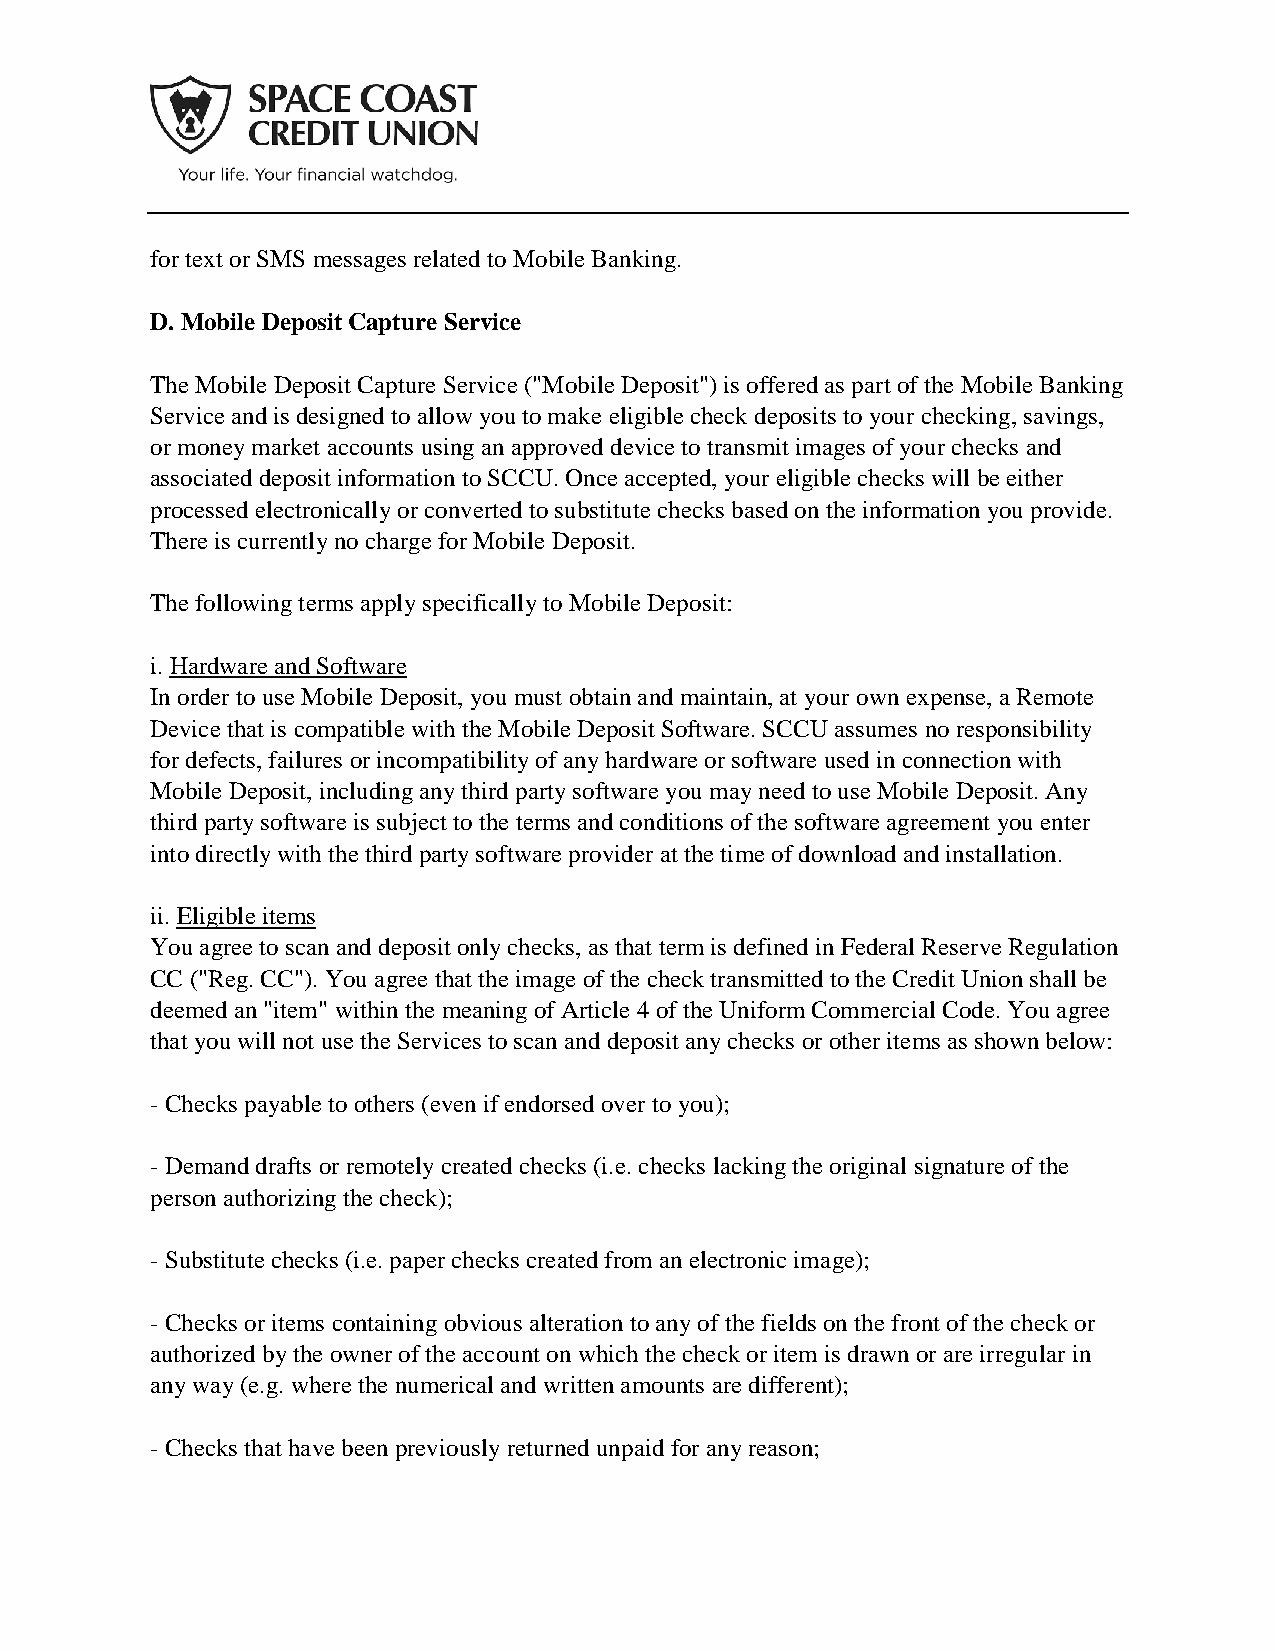
for text or SMS messages related to Mobile Banking.
 D. Mobile Deposit Capture Service
 The Mobile Deposit Capture Service ("Mobile Deposit") is offered as part of the Mobile Banking
 Service and is designed to allow you to make eligible check deposits to your checking, savings,
 or money market accounts using an approved device to transmit images of your checks and
 associated deposit information to SCCU. Once accepted, your eligible checks will be either
 processed electronically or converted to substitute checks based on the information you provide.
 There is currently no charge for Mobile Deposit.
 The following terms apply specifically to Mobile Deposit:
 i. Hardware and Software
 In order to use Mobile Deposit, you must obtain and maintain, at your own expense, a Remote
 Device that is compatible with the Mobile Deposit Software. SCCU assumes no responsibility
 for defects, failures or incompatibility of any hardware or software used in connection with
 Mobile Deposit, including any third party software you may need to use Mobile Deposit. Any
 third party software is subject to the terms and conditions of the software agreement you enter
 into directly with the third party software provider at the time of download and installation.
 ii. Eligible items
 You agree to scan and deposit only checks, as that term is defined in Federal Reserve Regulation
 CC ("Reg. CC"). You agree that the image of the check transmitted to the Credit Union shall be
 deemed an "item" within the meaning of Article 4 of the Uniform Commercial Code. You agree
 that you will not use the Services to scan and deposit any checks or other items as shown below:
 - Checks payable to others (even if endorsed over to you);
 - Demand drafts or remotely created checks (i.e. checks lacking the original signature of the
 person authorizing the check);
 - Substitute checks (i.e. paper checks created from an electronic image);
 - Checks or items containing obvious alteration to any of the fields on the front of the check or
 authorized by the owner of the account on which the check or item is drawn or are irregular in
 any way (e.g. where the numerical and written amounts are different);
 - Checks that have been previously returned unpaid for any reason;